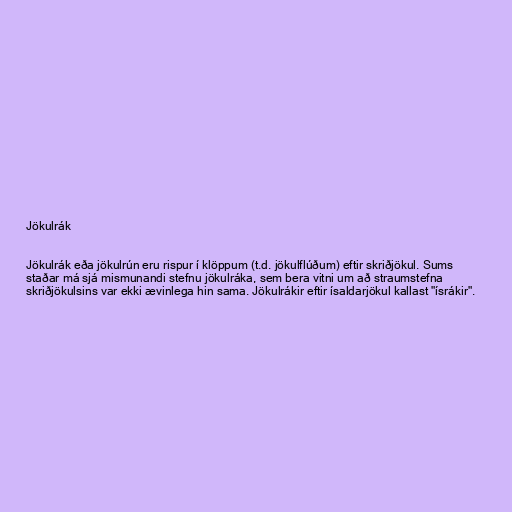
Jökulrák

Jökulrák eða jökulrún eru rispur í klöppum (t.d. jökulflúðum) eftir skriðjökul. Sums
staðar má sjá mismunandi stefnu jökulráka, sem bera vitni um að straumstefna
skriðjökulsins var ekki ævinlega hin sama. Jökulrákir eftir ísaldarjökul kallast "ísrákir".